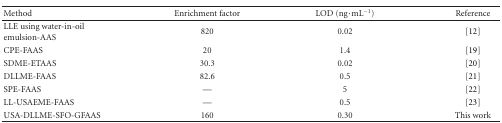
| Method | Enrichment factor | LOD (ng·mL−1) | Reference |
 | --- | --- | --- | --- |
 | LLE using water-in-oil emulsion-AAS | 820 | 0.02 | [12] |
 | CPE-FAAS | 20 | 1.4 | [19] |
 | SDME-ETAAS | 30.3 | 0.02 | [20] |
 | DLLME-FAAS | 82.6 | 0.5 | [21] |
 | SPE-FAAS | — | 5 | [22] |
 | LL-USAEME-FAAS | — | 0.5 | [23] |
 | USA-DLLME-SFO-GFAAS | 160 | 0.30 | This work |